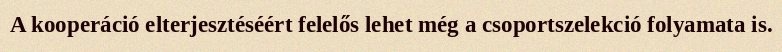
A kooperáció elterjesztéséért felelős lehet még a csoportszelekció folyamata is.